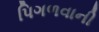
પિગળવાની